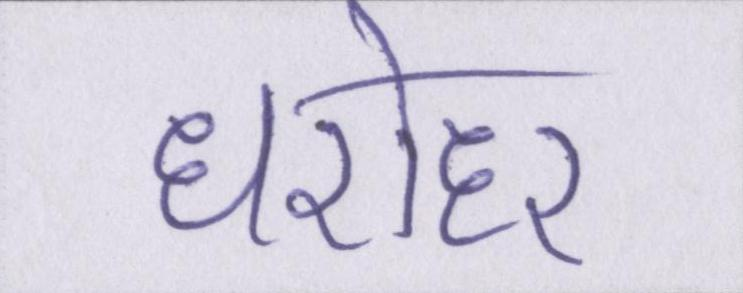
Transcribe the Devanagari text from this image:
धरोहर